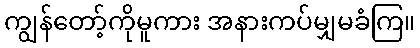
ကျွန်တော့်ကိုမူကား အနားကပ်မျှမခံကြ။